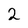
Character: 2